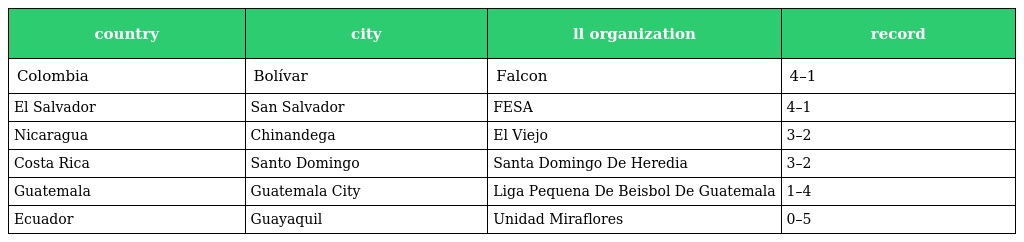
| country | city | ll organization | record |
 | --- | --- | --- | --- |
 | Colombia | Bolívar | Falcon | 4–1 |
 | El Salvador | San Salvador | FESA | 4–1 |
 | Nicaragua | Chinandega | El Viejo | 3–2 |
 | Costa Rica | Santo Domingo | Santa Domingo De Heredia | 3–2 |
 | Guatemala | Guatemala City | Liga Pequena De Beisbol De Guatemala | 1–4 |
 | Ecuador | Guayaquil | Unidad Miraflores | 0–5 |